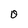
Character: O